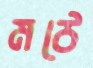
মঠে